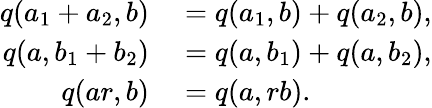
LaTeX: \begin{array}{rl}{q(a_{1}+a_{2},b)}&{{}=q(a_{1},b)+q(a_{2},b),}\\ {q(a,b_{1}+b_{2})}&{{}=q(a,b_{1})+q(a,b_{2}),}\\ {q(ar,b)}&{{}=q(a,rb).}\end{array}